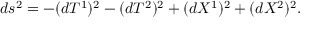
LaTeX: d s ^ { 2 } = - ( d T ^ { 1 } ) ^ { 2 } - ( d T ^ { 2 } ) ^ { 2 } + ( d X ^ { 1 } ) ^ { 2 } + ( d X ^ { 2 } ) ^ { 2 } .